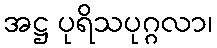
အဋ္ဌ ပုရိသပုဂ္ဂလာ၊